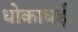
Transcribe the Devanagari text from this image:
धोकाधड़ी